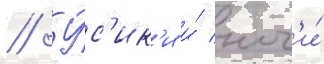
// У́с'ик'и и́ ног'и́